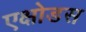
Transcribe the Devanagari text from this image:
एक्षोडस